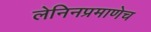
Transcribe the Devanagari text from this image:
लेनिनप्रमाणेच